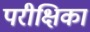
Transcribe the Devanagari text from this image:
परीक्षिका